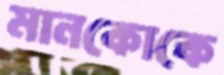
মানকোকে